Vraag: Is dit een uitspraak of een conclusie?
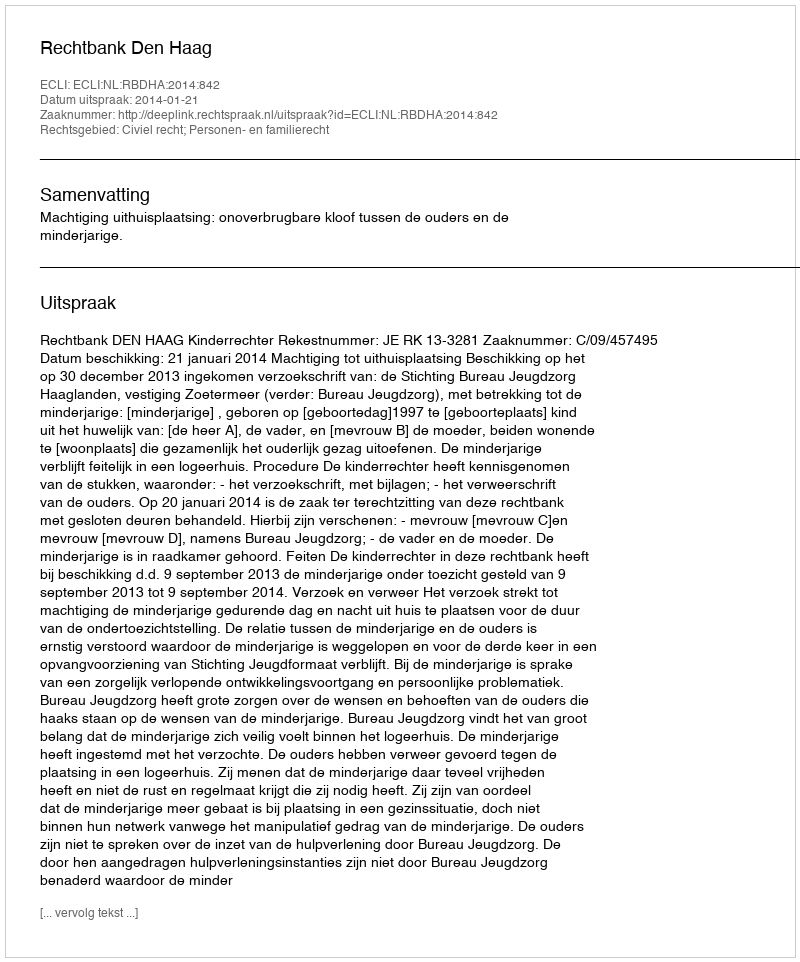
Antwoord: Uitspraak